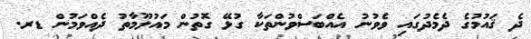
ދެ ޤައުމުގެ ދެމެދުގައި ވެވުނު އެއްބަސްވުންތަކާ ގުޅޭ ގޮތުން މައުލޫމާތު ދެއްވަމުން ޑރ.